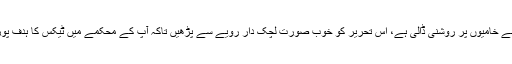
راقم نے خامیوں پر روشنی ڈالی ہے، اس تحریر کو خوب صورت لچک دار رویے سے پڑھیں تاکہ آپ کے محکمے میں ٹیکس کا ہدف پورا ہو۔